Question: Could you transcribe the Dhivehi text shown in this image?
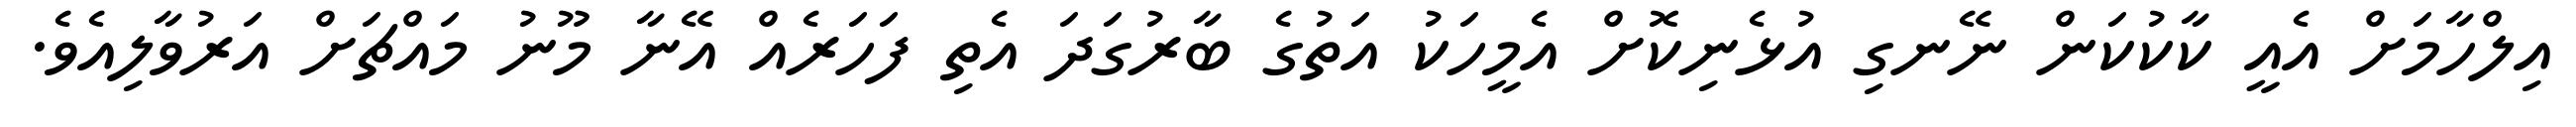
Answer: އިލްހާމަށް އެއީ ކާކުކަން ނޭނގި އުޅެނިކޮށް އެމީހަކު އަތުގެ ބާރުގަދަ އެތި ފަހަރެއް އޭނާ މޫނު މައްޗަށް އަރުވާލިއެވެ.